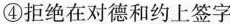
④拒绝在对德和约上签字